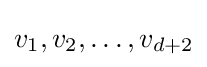
v_{1},v_{2},\dots ,v_{d+2}